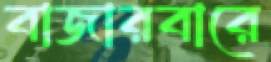
বাজারবারে